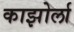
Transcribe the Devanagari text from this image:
काझोर्ला